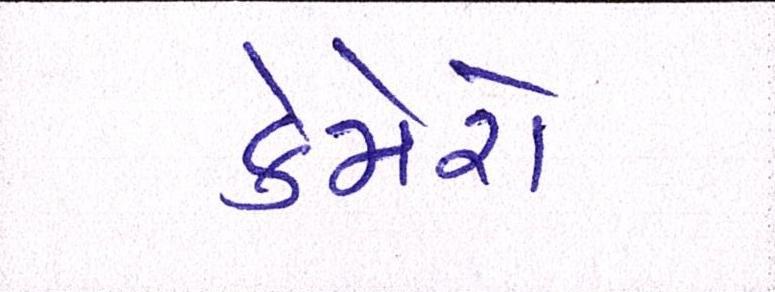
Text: કેમેરો